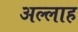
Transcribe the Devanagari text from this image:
अल्‍लाह